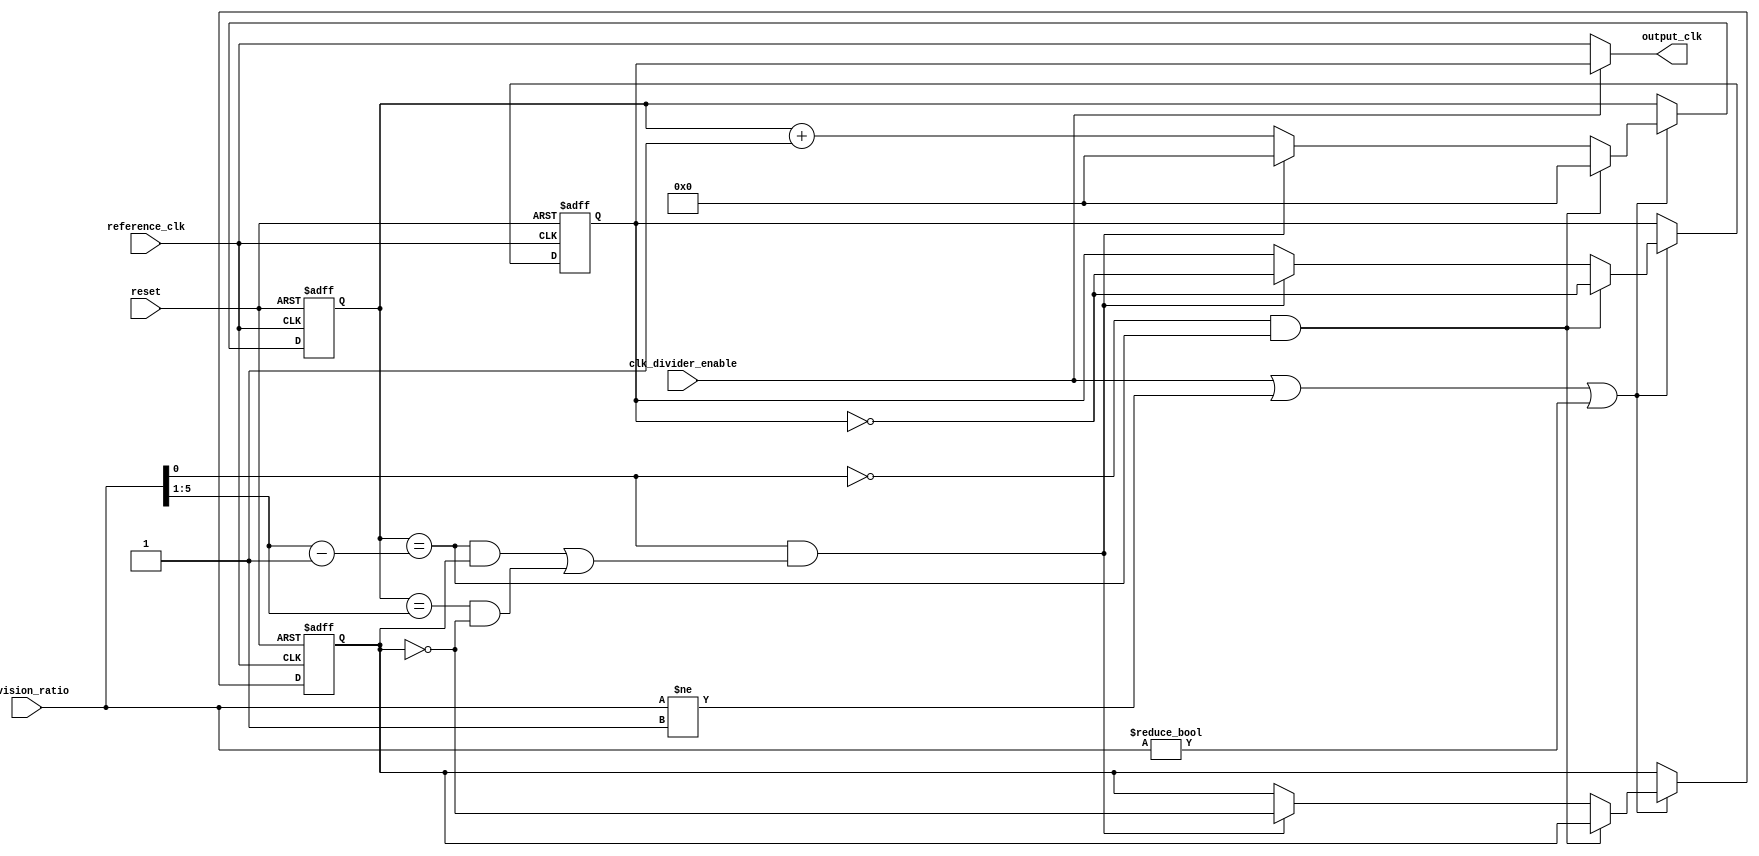
/*
* ----------------------------- Ports' Definition -----------------------------
* ----------------------------- Inputs -----------------------------
* reference_clk:      The source clock (UART clock).
* reset:              Global active low asynchronous reset after synchronization.
* clk_divider_enable: An enable signal for the clock divider.
* division_ratio:     The division ratio of the clock divider (prescale), it is connected to
*                     register_file[3].
* 
* ----------------------------- Outputs -----------------------------
* output_clk:         The output divided clock (UART_transmitter_clk).
*/
module clock_divider (
    input reference_clk,
    input reset,
    input clk_divider_enable,
    input [5:0] division_ratio,

    output output_clk
);

    reg [4:0] counter;
    reg divided_clk;
    reg odd_toggle;
    wire [4:0] ratio_divided_by_two;
    wire enable;


    always @(posedge reference_clk or negedge reset) begin
        if (~reset) begin
            divided_clk <= 1'b0;
            odd_toggle <= 1'b1;
            counter <= 5'b0;
        end
        else if (enable) begin
            if (~division_ratio[0] & counter == ratio_divided_by_two - 1'b1) begin
                divided_clk <= ~divided_clk;
                counter <= 5'b0;
            end
            else if (division_ratio[0] & ((counter == ratio_divided_by_two - 1'b1 & odd_toggle)
                                        | (counter == ratio_divided_by_two & ~odd_toggle))) begin
                divided_clk <= ~divided_clk;
                odd_toggle <= ~odd_toggle;
                counter <= 5'b0;
            end
            else begin
                counter <= counter + 5'b1;
            end
        end
    end

    assign enable = clk_divider_enable | (division_ratio != 6'b00_0001) | (division_ratio != 6'b00_0000);
    assign ratio_divided_by_two = (division_ratio >> 1);
    assign output_clk = clk_divider_enable ? divided_clk : reference_clk;

endmodule